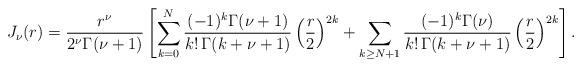
LaTeX: \begin{align*}J_\nu(r) = \frac{r^\nu}{2^\nu \Gamma(\nu+1) } \left[ \sum_{k=0}^N \frac{ (-1)^k \Gamma(\nu+1)}{k!\, \Gamma(k+\nu+1)} \left( \frac{r}{2} \right)^{2k} + \sum_{k \geq N+1} \frac{ (-1)^k \Gamma(\nu)}{k!\, \Gamma(k+\nu+1)} \left( \frac{r}{2} \right)^{2k} \right].\end{align*}